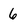
Character: 6